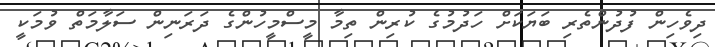
ދިވެހިން ފުދުންތެރި ބަޔަކަށް ހަދުމުގެ ކުރިން ތިމާ މީސްމީހުންގެ ދަރަނިން ސަލާމަތް ވުމަކީ